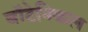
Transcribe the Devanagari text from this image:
बॉटेनिकल